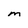
Character: M